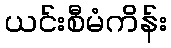
ယင်းစီမံကိန်း